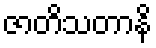
ဇာတိသတာနိ